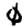
Digit: 0